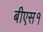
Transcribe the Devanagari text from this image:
बीएस१